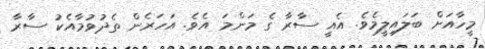
މީހާއަށް ބަލައިލީމެވެ. އެއީ ސާރާ ގެ މަންމަ އެވެ. އަހަރެން ތެދުވުމާއެކު ސާރާ